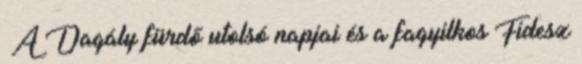
›A Dagály fürdő utolsó napjai és a fagyilkos Fidesz